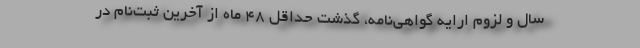
سال و لزوم ارایه‌ گواهی‌نامه، گذشت حداقل ۴۸ ماه از آخرین ثبت‌نام در